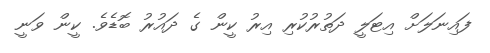
ފައިނަލަށް އިޓަލީ ދަތުރުކުރި އިރު ކީން ގެ ދައުރު ބޮޑެވެ. ކީން ވަނީ